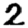
Digit: 2